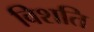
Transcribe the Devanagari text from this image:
विशति